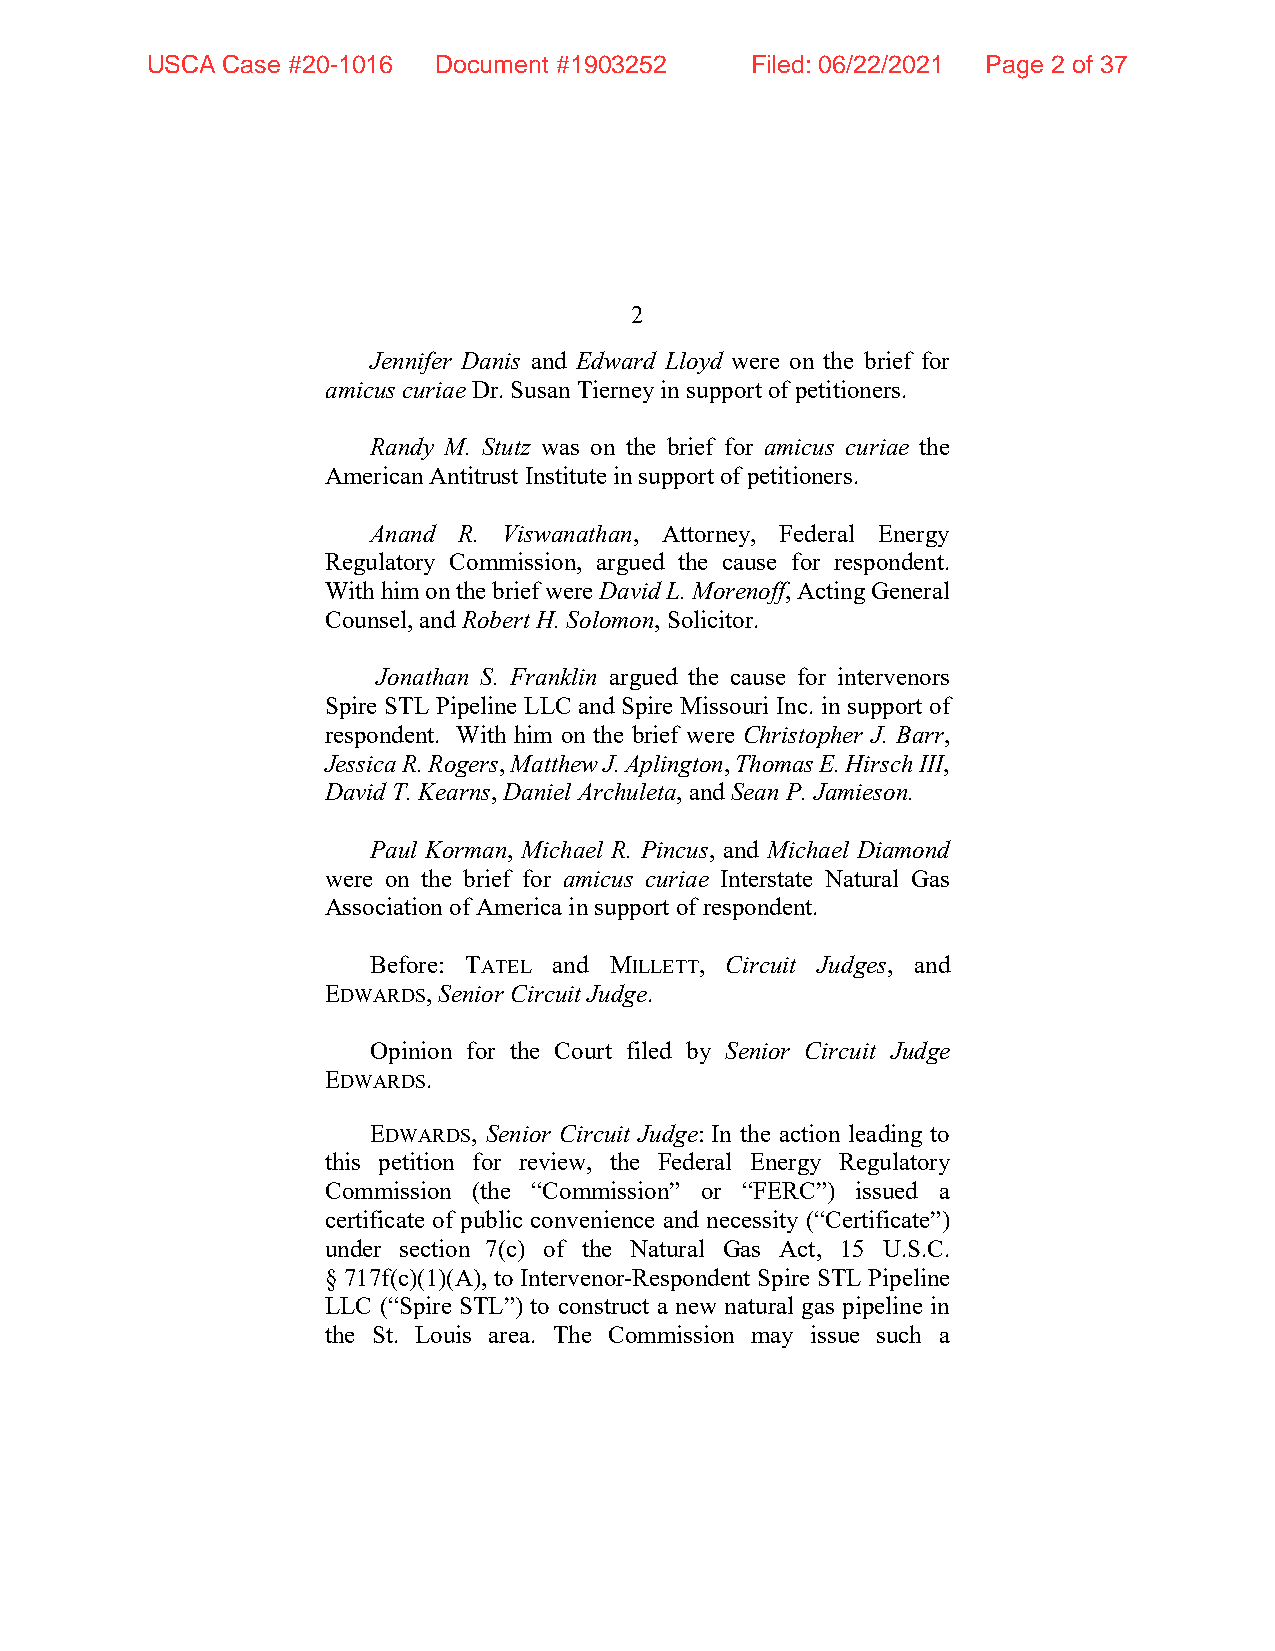
USCA Case #20-1016 Document #1903252    Filed: 06/22/2021 Page 2 of 37
 2
 Jennifer Danis and Edward Lloyd were on the brief for
 amicus curiae Dr. Susan Tierney in support of petitioners.
 Randy M. Stutz was on the brief for amicus curiae the
 American Antitrust Institute in support of petitioners.
 Anand R. Viswanathan, Attorney, Federal Energy
 Regulatory Commission, argued the cause for respondent.
 With him on the brief were David L. Morenoff, Acting General
 Counsel, and Robert H. Solomon, Solicitor.
 Jonathan S. Franklin argued the cause for intervenors
 Spire STL Pipeline LLC and Spire Missouri Inc. in support of
 respondent. With him on the brief were Christopher J. Barr,
 Jessica R. Rogers, Matthew J. Aplington, Thomas E. Hirsch III,
 David T. Kearns, Daniel Archuleta, and Sean P. Jamieson.
 Paul Korman, Michael R. Pincus, and Michael Diamond
 were on the brief for amicus curiae Interstate Natural Gas
 Association of America in support of respondent.
 Before: TATEL and MILLETT, Circuit Judges, and
 EDWARDS, Senior Circuit Judge.
 Opinion for the Court filed by Senior Circuit Judge
 EDWARDS.
 EDWARDS, Senior Circuit Judge: In the action leading to
 this petition for review, the Federal Energy Regulatory
 Commission (the “Commission” or “FERC”) issued a
 certificate of public convenience and necessity (“Certificate”)
 under section 7(c) of the Natural Gas Act, 15 U.S.C.
 § 717f(c)(1)(A), to Intervenor-Respondent Spire STL Pipeline
 LLC (“Spire STL”) to construct a new natural gas pipeline in
 the St. Louis area. The Commission may issue such a